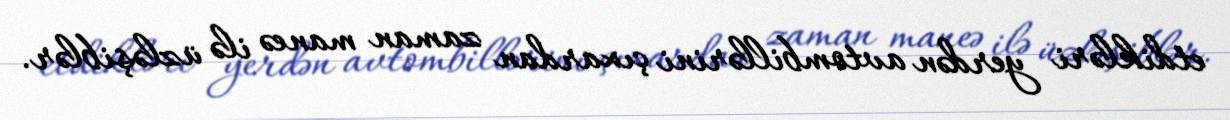
etdikləri yerdən avtombillərini çıxardan zaman maneə ilə üzləşiblər.